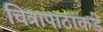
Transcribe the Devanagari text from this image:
चित्रापाटांकडे